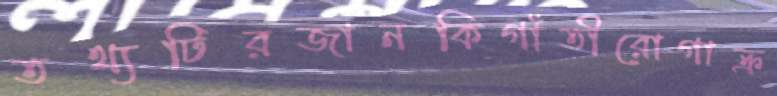
তথ্যটিরজানকিগাঁতীরোগাক্র